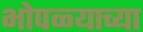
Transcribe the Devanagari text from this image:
भोपळ्याच्या